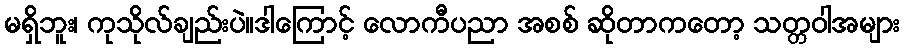
မရှိဘူး၊ ကုသိုလ်ချည်းပဲ။ဒါကြောင့် လောကီပညာ အစစ် ဆိုတာကတော့ သတ္တဝါအများ